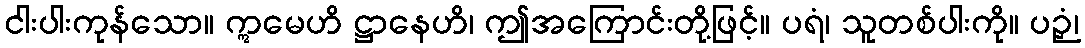
ငါးပါးကုန်သော။ ဣမေဟိ ဋ္ဌာနေဟိ၊ ဤအကြောင်းတို့ဖြင့်။ ပရံ၊ သူတစ်ပါးကို။ ပဉှံ၊